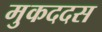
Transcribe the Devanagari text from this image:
मुकददस